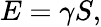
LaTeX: E=\gamma S,